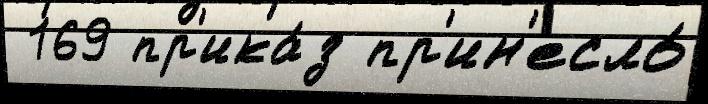
 169 пр'ика́з пр'ин'есло́